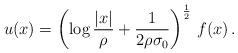
LaTeX: \begin{align*} u(x) = \left( \log \frac{|x|}{\rho} +\frac{1}{2 \rho \sigma_0 }\right)^{\frac 12}\, f(x)\, .\end{align*}